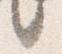
言